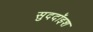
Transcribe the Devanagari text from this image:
सुददॉइश